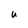
Character: U